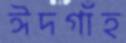
ঈদগাঁহ